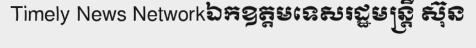
Timely News Networkឯកឧត្តមទេសរដ្ឋមន្ត្រី ស៊ុន